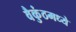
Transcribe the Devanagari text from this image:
वैकुंठमध्ये